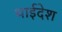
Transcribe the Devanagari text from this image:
थाईदेश